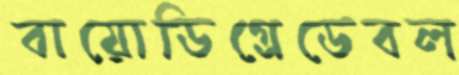
বায়োডিগ্রেডেবল